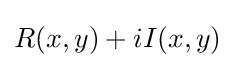
R(x,y)+iI(x,y)